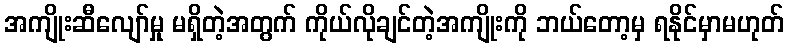
အကျိုးဆီလျော်မှု မရှိတဲ့အတွက် ကိုယ်လိုချင်တဲ့အကျိုးကို ဘယ်တော့မှ ရနိုင်မှာမဟုတ်